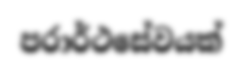
පරාර්ථසේවයක්